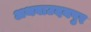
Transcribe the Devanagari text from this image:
अथवाउदयपुर